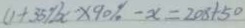
( 1 + 3 5 \% ) x \times 9 0 \% - x = 2 0 8 + 5 0